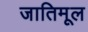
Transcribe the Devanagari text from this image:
जातिमूल